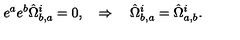
e ^ { a } e ^ { b } \hat { \Omega } _ { b , a } ^ { i } = 0 , \quad \Rightarrow \quad \hat { \Omega } _ { b , a } ^ { i } = \hat { \Omega } _ { a , b } ^ { i } .